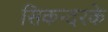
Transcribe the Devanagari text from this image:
सिकन्दरके